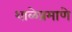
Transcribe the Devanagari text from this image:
शाळेप्रमाणे